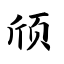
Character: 颀